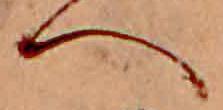
へ